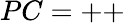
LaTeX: PC=++